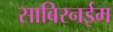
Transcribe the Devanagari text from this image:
साबिरनईम